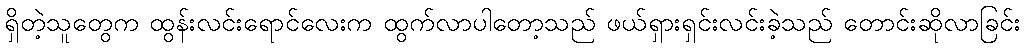
ရှိတဲ့သူတွေက ထွန်းလင်းရောင်လေးက ထွက်လာပါတော့သည် ဖယ်ရှားရှင်းလင်းခဲ့သည် တောင်းဆိုလာခြင်း